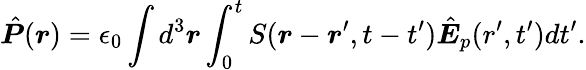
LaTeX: \hat{\boldsymbol P}(\boldsymbol r)=\epsilon_{0}\int d^{3}\boldsymbol r\int_{0}^{t}S(\boldsymbol r-\boldsymbol r^{\prime},t-t^{\prime})\hat{\boldsymbol E}_{p}(r^{\prime},t^{\prime})dt^{\prime}.